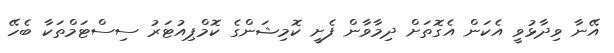
އޭނާ ވިދާޅުވީ އެކަން އެގޮތަށް ދިމާވާން ފެށީ ކޮމިޝަންގެ ކޮމްޕިއުޓަރު ސިސްޓަމްތަކާ ބެހޭ